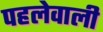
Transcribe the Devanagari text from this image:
पहलेवाली